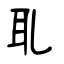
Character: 耴